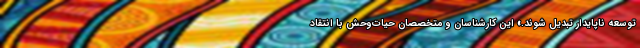
توسعه ناپایدار تبدیل شوند.» این کارشناسان و متخصصان حیات‌وحش با انتقاد